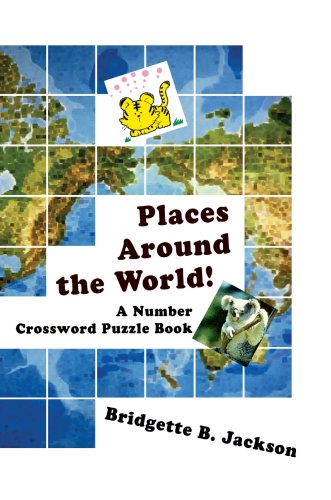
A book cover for Places Around the World!: A Number Crossword Puzzle Book; Bridgette Jackson; Teen & Young Adult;